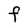
Character: F